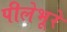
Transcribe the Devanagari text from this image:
पीलेभूरे